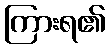
ကြားရ၏